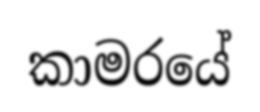
කාමරයේ